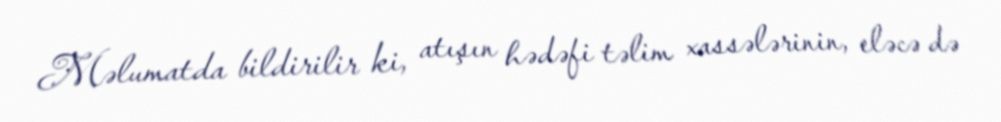
Məlumatda bildirilir ki, atışın hədəfi təlim xassələrinin, eləcə də